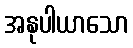
အနုပါယာသော